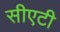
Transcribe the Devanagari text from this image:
सीएटी